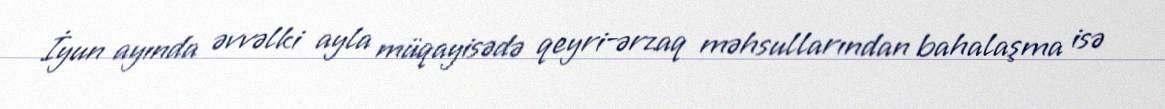
İyun ayında əvvəlki ayla müqayisədə qeyri-ərzaq məhsullarından bahalaşma isə